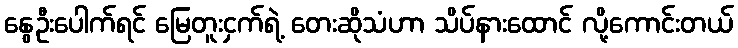
နွေဦးပေါက်ရင် မြေတူးငှက်ရဲ့ တေးဆိုသံဟာ သိပ်နားထောင် လို့ကောင်းတယ်